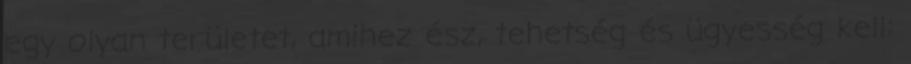
egy olyan területet, amihez ész, tehetség és ügyesség kell: